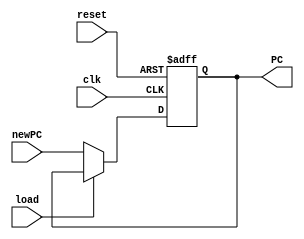
`timescale 1ns/1ns
module pc(clk, newPC, PC, reset, load); 
  
input clk, reset;
input [31:0] newPC;  
output [31:0] PC;  
input load;

reg [31:0] currPC;

initial begin
currPC = 0;
end

always @(posedge clk, posedge reset) begin
    if (reset)
        currPC <= 0;
    else if (!load)
        currPC <= newPC;
end

assign PC = currPC;
endmodule